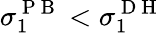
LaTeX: \sigma_{1}^{\mathrm{~P~B~}}<\sigma_{1}^{\mathrm{~D~H~}}